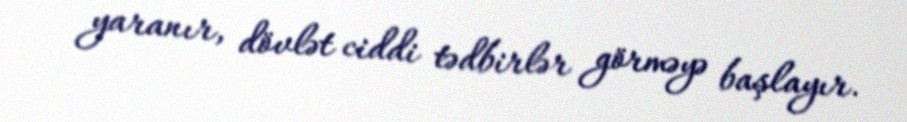
yaranır, dövlət ciddi tədbirlər görməyə başlayır.